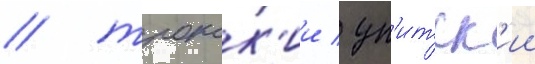
/ трокск'ии / уп'итск'ии